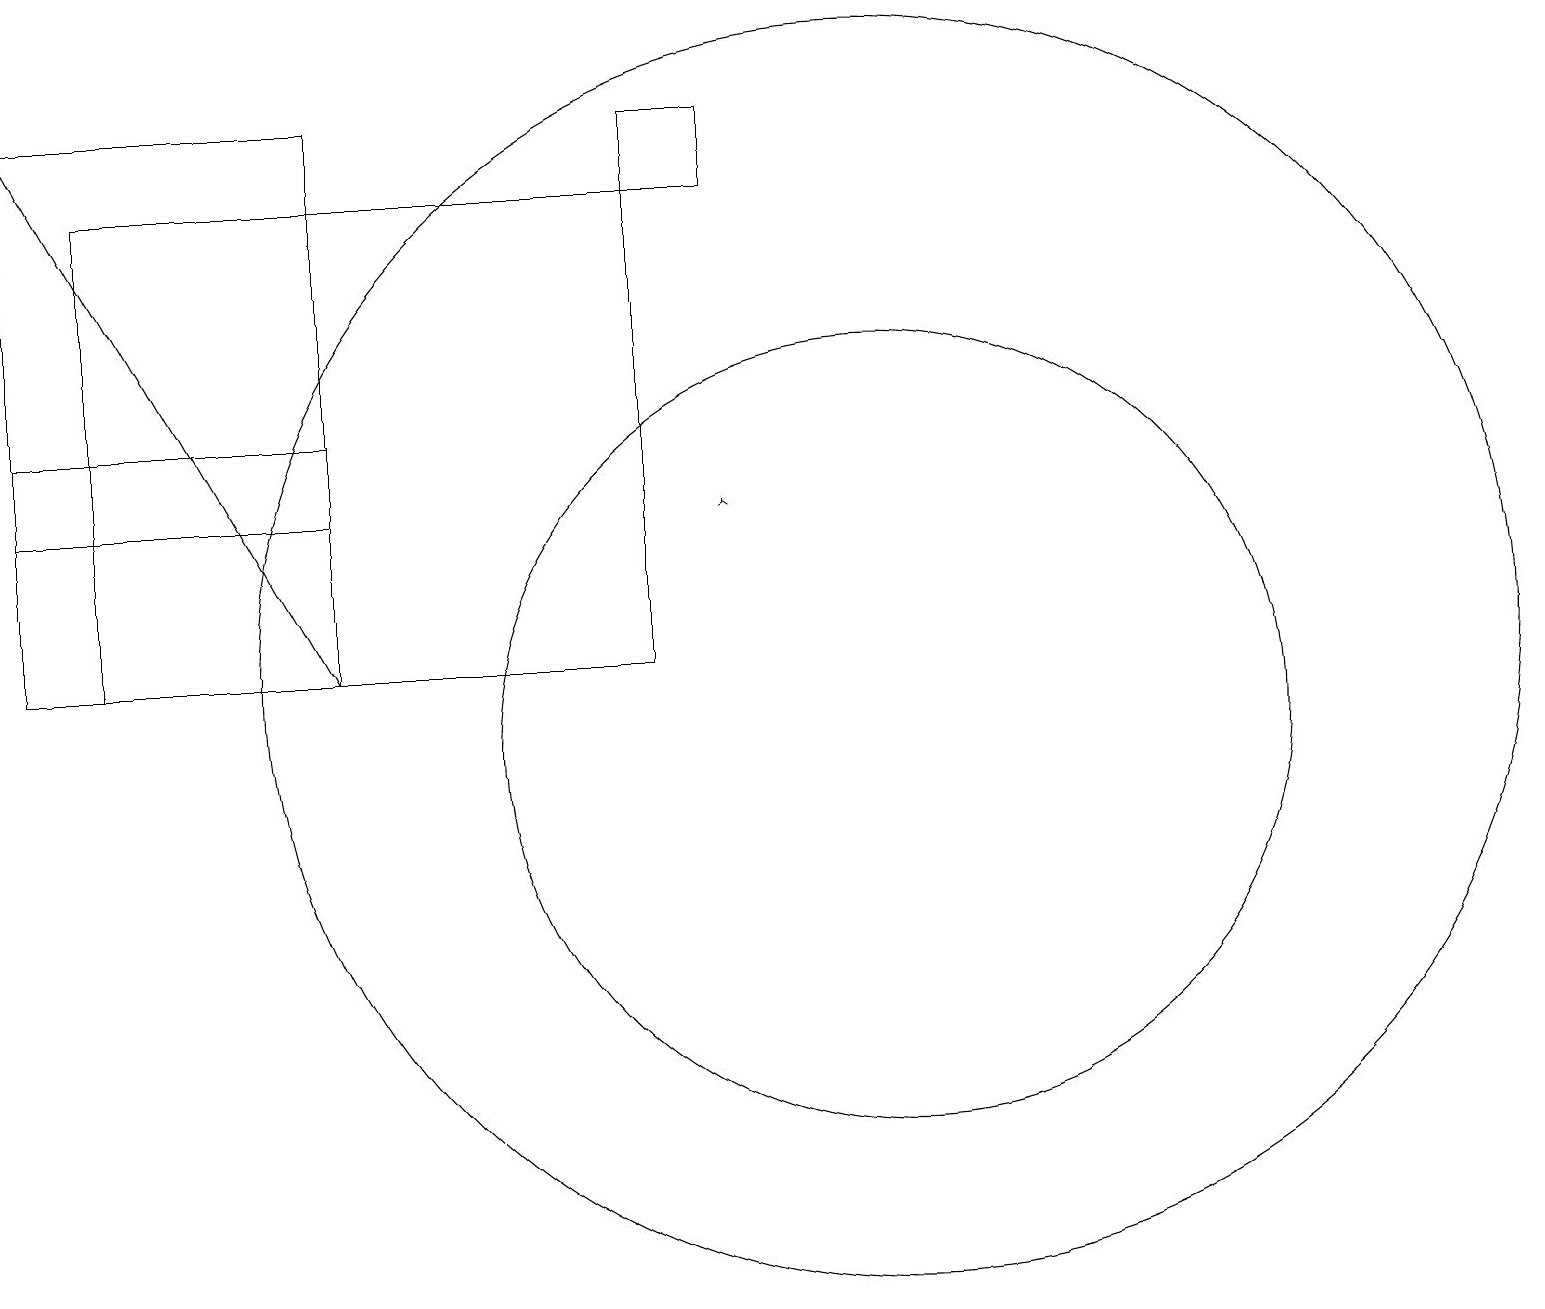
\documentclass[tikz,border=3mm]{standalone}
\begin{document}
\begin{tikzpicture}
\draw (9,18) rectangle (8,17);
\draw (1,17) rectangle (8,11);
\draw (11,10) circle (5);
\draw (11,11) circle (8);
\draw (4,11) rectangle (0,14);
\draw[->] (4,11) -- (0,18);
\draw (4,18) rectangle (0,13);
\draw[->] (9,13) -- (9,13);
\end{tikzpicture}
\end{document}